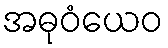
အဓုဝံယေဝ